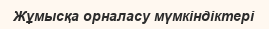
Жұмысқа орналасу мүмкіндіктері